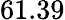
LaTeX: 61.39